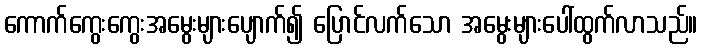
ကောက်ကွေးကွေးအမွေးများပျောက်၍ ပြောင်လက်သော အမွေးများပေါ်ထွက်လာသည်။